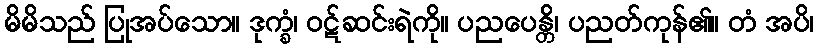
မိမိသည် ပြုအပ်သော။ ဒုက္ခံ၊ ဝဋ်ဆင်းရဲကို။ ပညပေန္တိ၊ ပညတ်ကုန်၏။ တံ အပိ၊